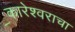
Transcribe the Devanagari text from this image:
ॐकारेश्वराचा